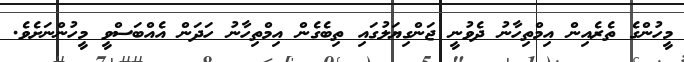
މީހުންގެ ތެރެއިން އިމްތިހާނު ދެވުނީ ޖަންގިޔަލުގައި ތިބެގެން އިމްތިހާނު ހަދަން އެއްބަސްވީ މީހުންނަށެވެ.